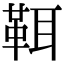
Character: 𩊐